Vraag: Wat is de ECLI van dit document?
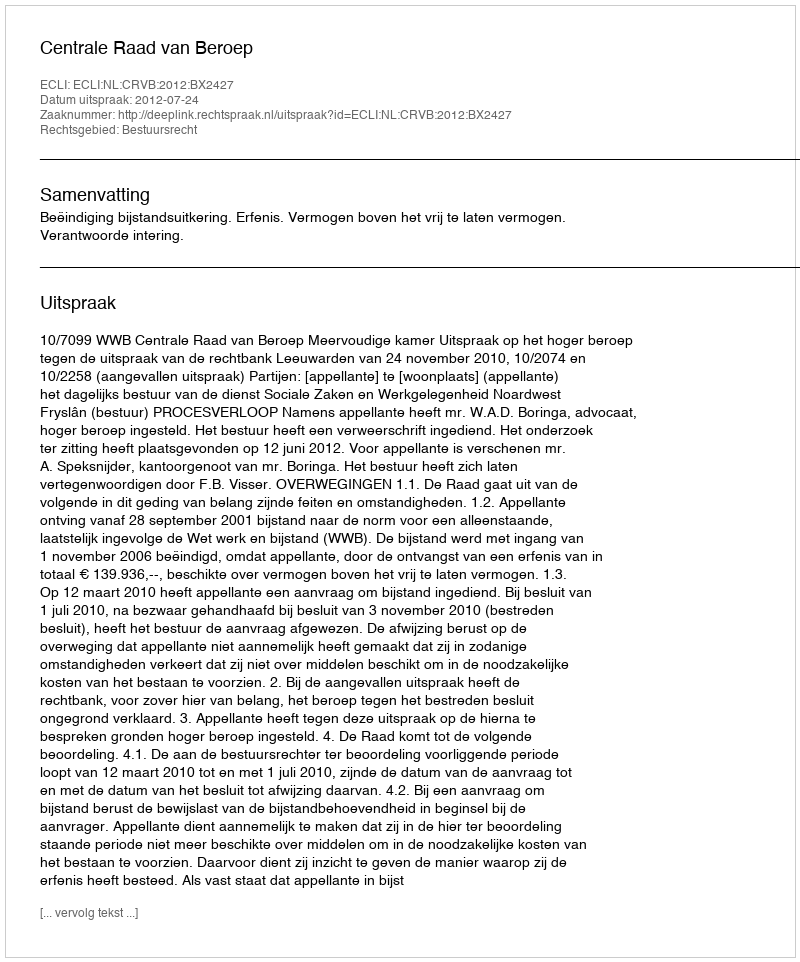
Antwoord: ECLI:NL:CRVB:2012:BX2427